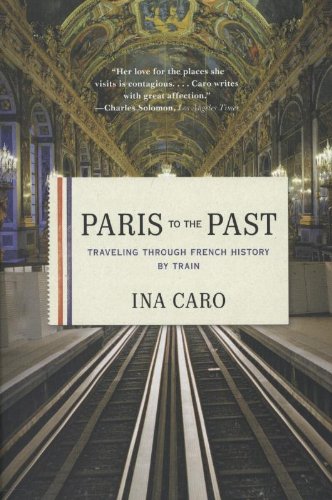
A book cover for Paris to the Past: Traveling through French History by Train; Ina Caro; Travel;